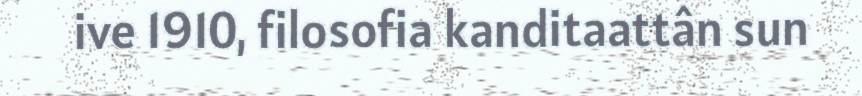
ive 1910, filosofia kanditaattân sun